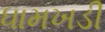
ધામખડી